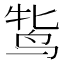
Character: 𬸋